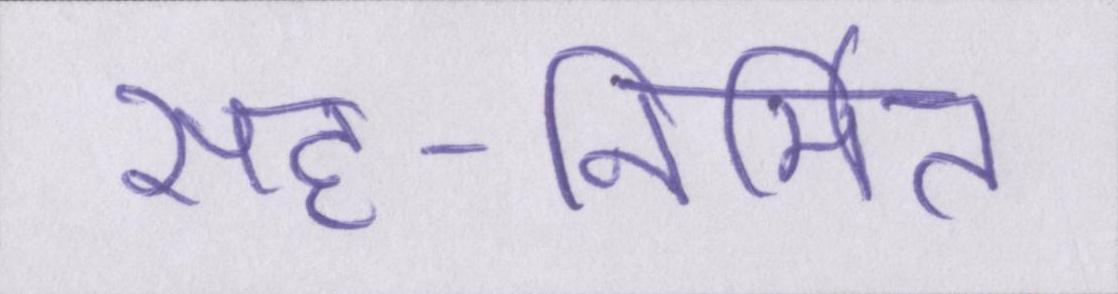
सह-निर्मित